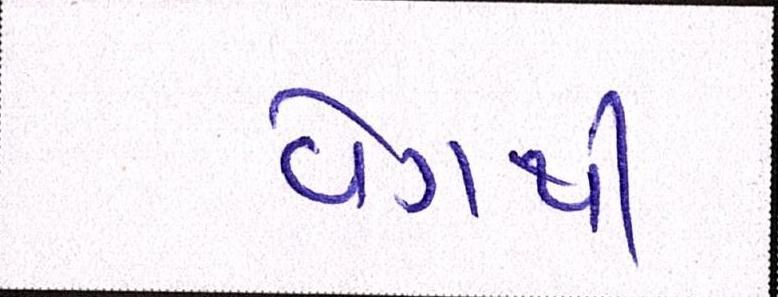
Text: વેગથી